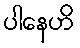
ပါနေဟိ